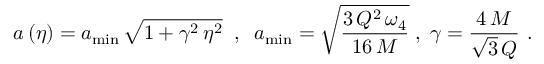
a \left( \eta \right) = a _ { \mathrm { m i n } } \, \sqrt { 1 + \gamma ^ { 2 } \, \eta ^ { 2 } } \; \; , \; \; a _ { \mathrm { m i n } } = \sqrt { \frac { 3 \, Q ^ { 2 } \, \omega _ { 4 } } { 1 6 \, M } } \; , \; \gamma = \frac { 4 \, M } { \sqrt { 3 } \, Q } \, \, .